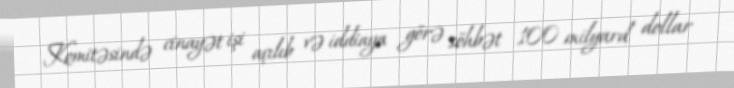
Komitəsində cinayət işi açılıb və iddiaya görə söhbət 100 milyard dollar